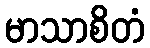
မာသာစိတံ